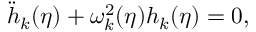
{ \ddot { h } } _ { k } ( \eta ) + \omega _ { k } ^ { 2 } ( \eta ) h _ { k } ( \eta ) = 0 ,